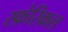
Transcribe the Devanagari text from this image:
स्फ़ेरिकल